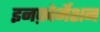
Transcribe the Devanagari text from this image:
इनफ़ोर्मेशन